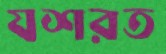
যশরত